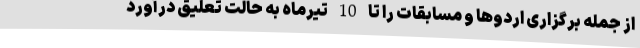
از جمله برگزاری اردوها و مسابقات را تا 10 تیرماه به حالت تعلیق درآورد